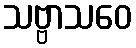
သဗ္ဗာသဝေ